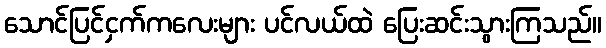
သောင်ပြင်ငှက်ကလေးများ ပင်လယ်ထဲ ပြေးဆင်းသွားကြသည်။